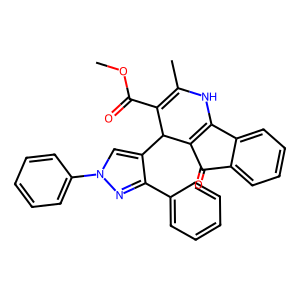
SMILES: COC(=O)C1=C(C)NC2=C(C(=O)c3ccccc32)C1c1cn(-c2ccccc2)nc1-c1ccccc1
Inhibits HIV replication: No